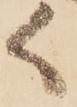
く